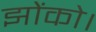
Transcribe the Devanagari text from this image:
झोंको।